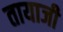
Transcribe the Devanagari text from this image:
तायाजी